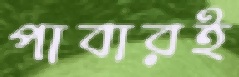
পাবারই